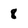
Character: 8